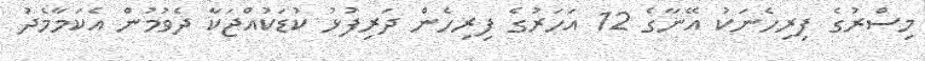
މިސްރުގެ ފިރިހެނަކު އޭނާގެ 12 އަހަރުގެ ފިރިހެން ދަރިފުޅު ކުޑަކުއްޖަކާ ދެވުމުން އެކަމާމެދު